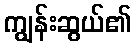
ကျွန်းဆွယ်၏